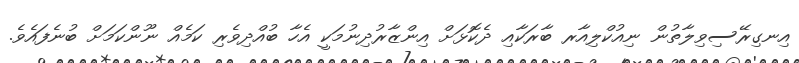
އިނގިރޭސިވިލާތުން ނިއުކްލިއާރ ބާރަކާއި ދެކޮޅަށް އިންޒާރުދިނުމަކީ އެހާ ބުއްދިވެރި ކަމެއް ނޫންކަމަށް ބުނެފައެވެ.